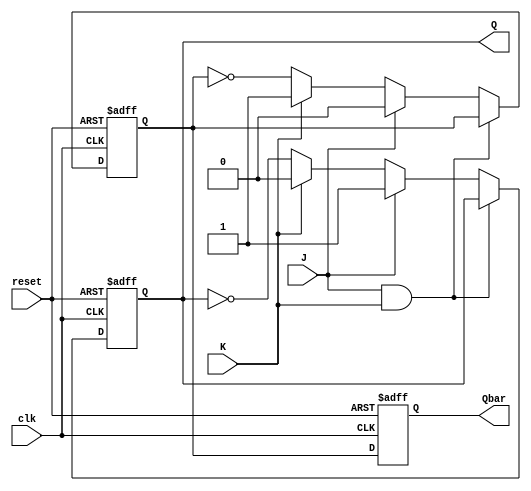
module jk_flip_flop (
   input wire clk,
   input wire reset,
   input wire J,
   input wire K,
   output reg Q,
   output reg Qbar
);

reg master_Qbar;

// Master stage
always @(posedge clk or posedge reset) begin
   if (reset) begin
      Q <= 0;
      master_Qbar <= 1;
   end else begin
      if (J && K) begin
         Q <= Q;
         master_Qbar <= master_Qbar;
      end else if (J) begin
         Q <= 1;
         master_Qbar <= 0;
      end else if (K) begin
         Q <= 0;
         master_Qbar <= 1;
      end else begin
         Q <= ~Q;
         master_Qbar <= ~master_Qbar;
      end
   end
end

// Slave stage
always @(posedge clk or posedge reset) begin
   if (reset) begin
      Qbar <= 1;
   end else begin
      Qbar <= master_Qbar;
   end
end

endmodule